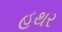
હથર